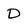
Character: D